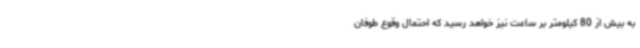
به بیش از 80 کیلومتر بر ساعت نیز خواهد رسید که احتمال وقوع طوفان